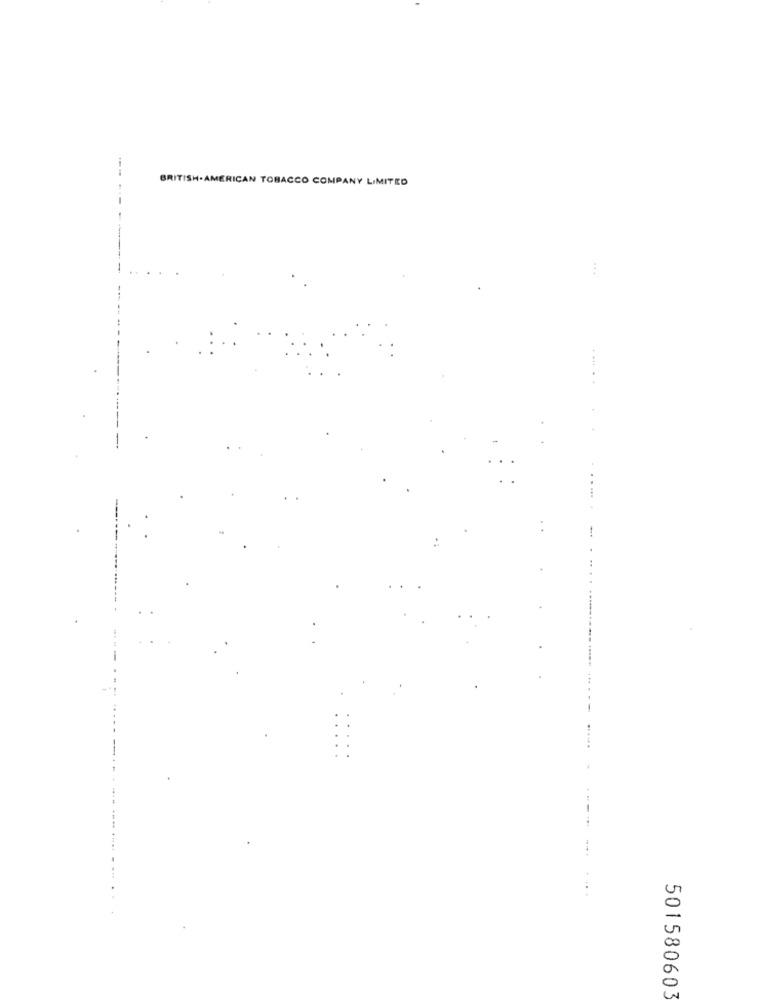
BRITISH-AMERICAN TOBACCO COMPANY LIMITED
--
501580603